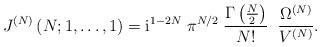
\begin{align*}J^{(N)}\left(N; 1, \ldots , 1 \right)= \mbox{i}^{1-2N} \; \pi^{N/2} \;\frac{\Gamma\left( {\textstyle{N\over2}} \right)} {N!} \;\;\frac{\Omega^{(N)}}{V^{(N)}} .\end{align*}